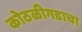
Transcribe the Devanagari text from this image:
कोठळीगडाचा